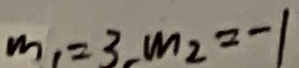
m _ { 1 } = 3 , m _ { 2 } = - 1